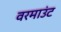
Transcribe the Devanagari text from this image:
वरमाउंट